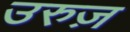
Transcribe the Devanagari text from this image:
उरुज़